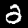
Digit: 2